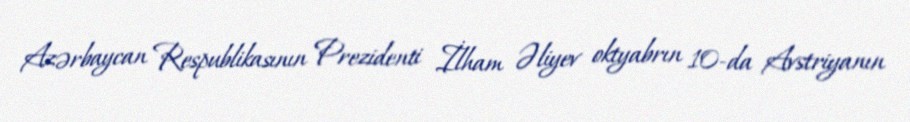
Azərbaycan Respublikasının Prezidenti İlham Əliyev oktyabrın 10-da Avstriyanın